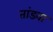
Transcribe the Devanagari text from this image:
तांडवा